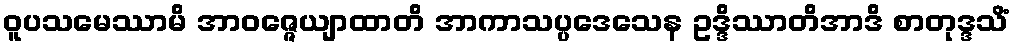
ဝူပသမေဿာမိ အာဝဇ္ဇေယျာထာတိ အာကာသပ္ပဒေသေန ဥဒ္ဒိဿာတိအာဒိ စာတုဒ္ဒသိံ